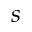
s